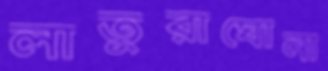
লাতুরাঘোনা